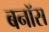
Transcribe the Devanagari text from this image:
बनॉस